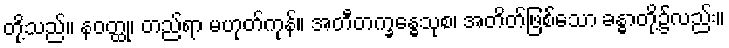
တို့သည်။ နဝတ္ထု၊ တည်ရာ မဟုတ်ကုန်။ အတီတက္ခန္ဓေသုစ၊ အတိတ်ဖြစ်သော ခန္ဓာတို့၌လည်း။